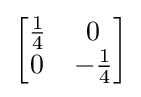
{\begin{bmatrix}{\frac {1}{4}}&0\\0&-{\frac {1}{4}}\end{bmatrix}}